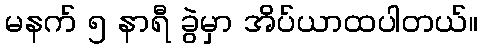
မနက် ၅ နာရီ ခွဲမှာ အိပ်ယာထပါတယ်။